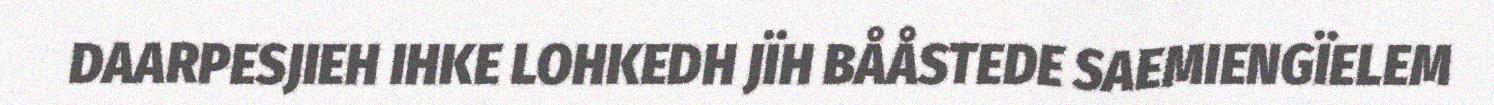
DAARPESJIEH IHKE LOHKEDH JÏH BÅÅSTEDE SAEMIENGÏELEM